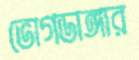
ভোগডাঙ্গার